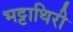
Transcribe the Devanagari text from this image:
भट्टाथिरी